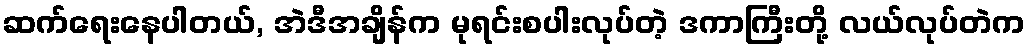
ဆက်ရေးနေပါတယ်, အဲဒီအချိန်က မုရင်းစပါးလုပ်တဲ့ ဒကာကြီးတို့ လယ်လုပ်တဲက